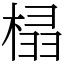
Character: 榋